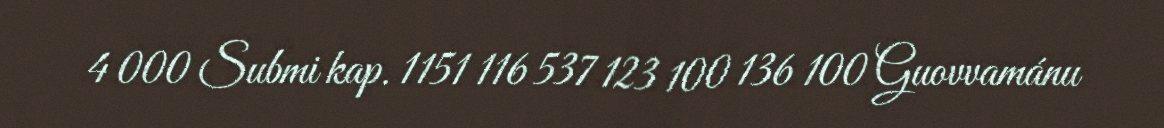
4 000 Submi kap. 1151 116 537 123 100 136 100 Guovvamánu